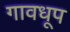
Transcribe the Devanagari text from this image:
गावधूप